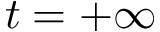
t = + \infty